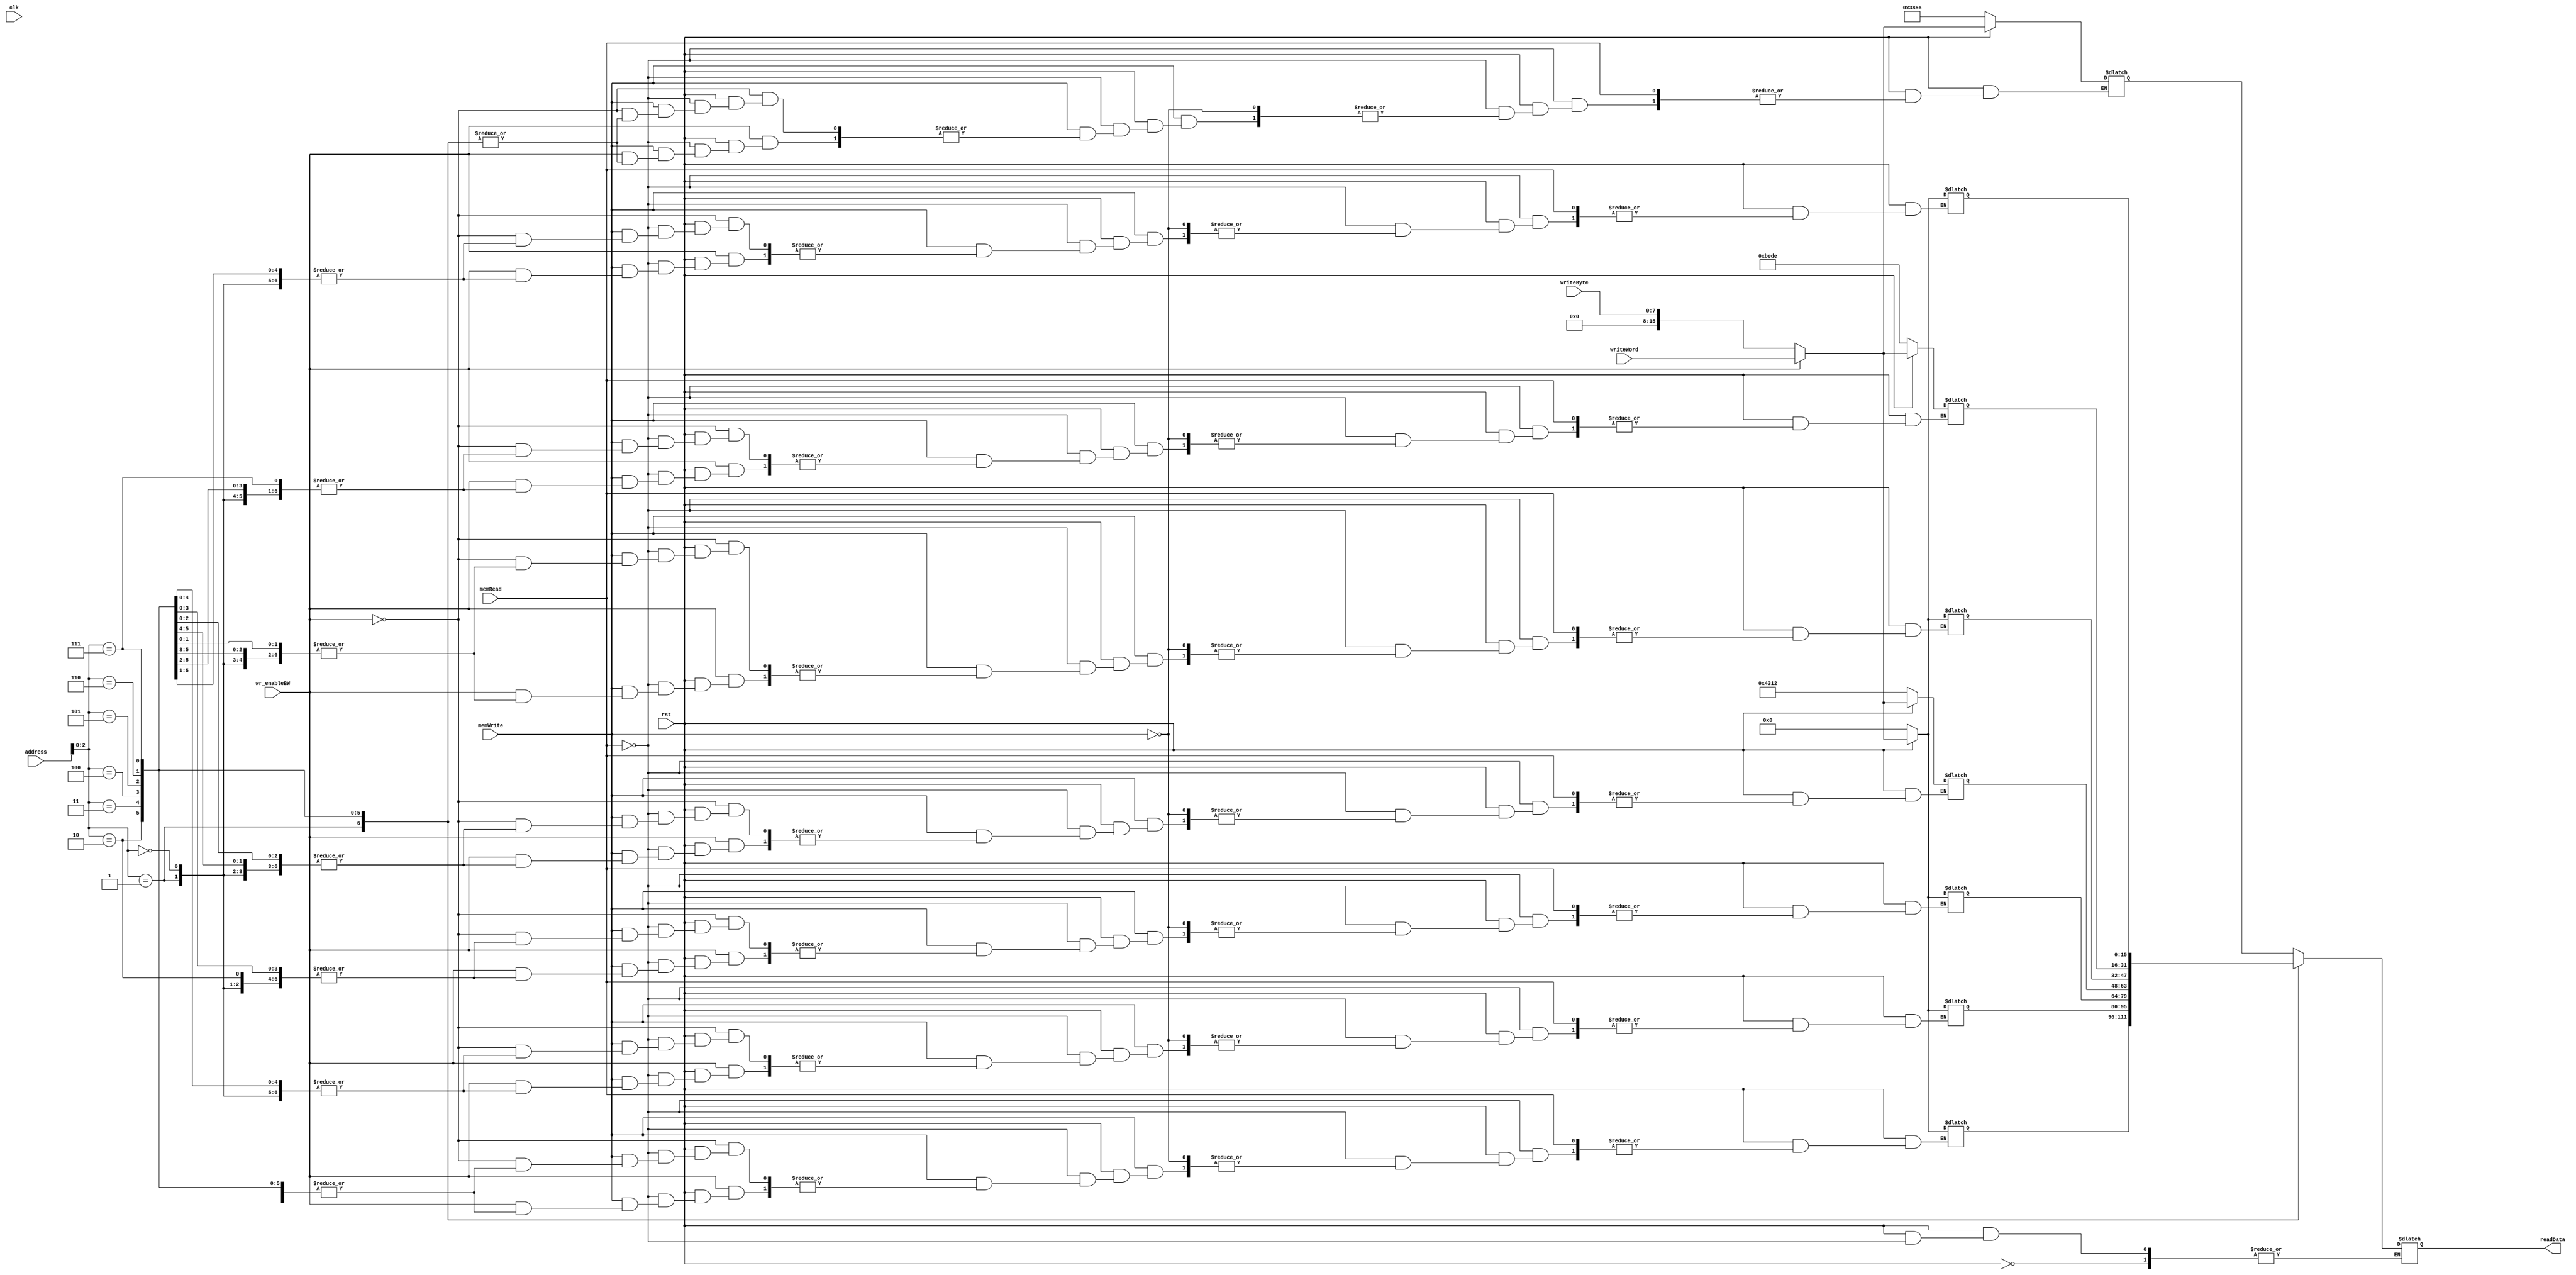
module dataMemory(input wr_enableBW, memRead, memWrite, clk, rst,
                    input [7:0] writeByte,
                    input [15:0] writeWord, address,
                    output reg [15:0] readData);
                    
reg [15:0] dataMem [0:7];

initial
begin
    dataMem[16'h0000] = 16'h3856;
    dataMem[16'h0001] = 16'h0000;
    dataMem[16'h0002] = 16'h0000;
    dataMem[16'h0003] = 16'h0000;
    dataMem[16'h0004] = 16'h4312;
    dataMem[16'h0005] = 16'h0000;
    dataMem[16'h0006] = 16'hBEDE;
    dataMem[16'h0007] = 16'h0000;
    dataMem[16'h0008] = 16'hADEF;
    dataMem[16'h0009] = 16'h0000;
    dataMem[16'h000A] = 16'h0000;
    dataMem[16'h000B] = 16'h0000;
    dataMem[16'h000C] = 16'h3856;
    dataMem[16'h000D] = 16'h0000;
    dataMem[16'h000E] = 16'h0000;
    dataMem[16'h000F] = 16'h0000;
    dataMem[16'h0010] = 16'h0000;
    dataMem[16'h0011] = 16'h0000;
    dataMem[16'h0012] = 16'h0000;
end

always@(*)
begin
    if(!rst)
    begin
      dataMem[16'h0000] = 16'h3856;
      dataMem[16'h0001] = 16'h0000;
      dataMem[16'h0002] = 16'h0000;
      dataMem[16'h0003] = 16'h0000;
      dataMem[16'h0004] = 16'h4312;
      dataMem[16'h0005] = 16'h0000;
      dataMem[16'h0006] = 16'hBEDE;
      dataMem[16'h0007] = 16'h0000;
      dataMem[16'h0008] = 16'hADEF;
      dataMem[16'h0009] = 16'h0000;
      dataMem[16'h000A] = 16'h0000;
      dataMem[16'h000B] = 16'h0000;
      dataMem[16'h000C] = 16'h3856;
      dataMem[16'h000D] = 16'h0000;
      dataMem[16'h000E] = 16'h0000;
      dataMem[16'h000F] = 16'h0000;
      dataMem[16'h0010] = 16'h0000;
      dataMem[16'h0011] = 16'h0000;
      dataMem[16'h0012] = 16'h0000;
    end
    else if(memRead)                                //if lw then pull from dataMem
        readData = dataMem[address];
    else if(memWrite)
    begin
        if(wr_enableBW)                        //if sw then write word into memory
            dataMem[address] = writeWord;
        else
            dataMem[address] = writeByte;     //if sb then write byte into memory
    end
end
endmodule